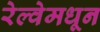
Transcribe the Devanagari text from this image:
रेल्वेमधून